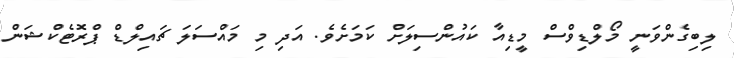
ލިބިގެންވަނީ މޯލްޑިވްސް މީޑިއާ ކައުންސިލަށް ކަމަށެވެ. އަދި މި މައްސަލަ ޗައިލްޑް ޕްރޮޓެކްޝަން